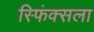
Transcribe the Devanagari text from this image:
स्फिंक्सला